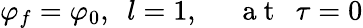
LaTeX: \varphi_{f}=\varphi_{0},~~l=1,~~~~~\mathrm{~a~t~}~~\tau=0